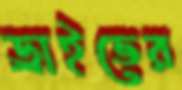
ড্রাইভের